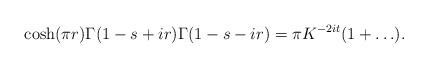
LaTeX: \begin{align*}\cosh(\pi r)\Gamma(1-s+ir)\Gamma(1-s-ir)=\pi K^{-2it}(1+\ldots).\end{align*}